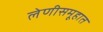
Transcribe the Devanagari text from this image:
लेणीसमूहात